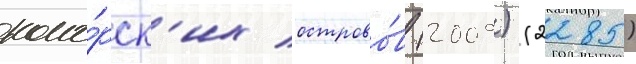
комо́рск'их острово́в (2009) (2285)